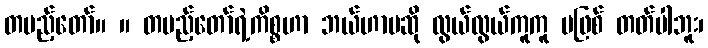
တပည့်တော်။ ။ တပည့်တော်ရဲ့ကိစ္စဟာ ဘယ်ဟာမဆို လွယ်လွယ်ကူကူ မဖြစ် တတ်ပါဘူး၊